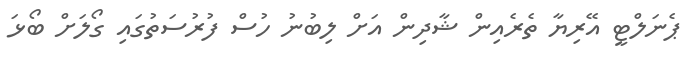
ޕެނަލްޓީ އޭރިޔާ ތެރެއިން ޝާދިން އަށް ލިބުނު ހުސް ފުރުސަތުގައި ގޯލަށް ބޯޅަ